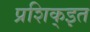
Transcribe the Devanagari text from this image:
प्रशिक्इत